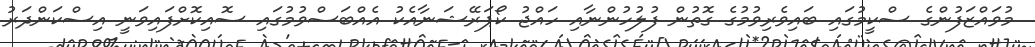
މުވައްޒަފުންގެ ސްކީމުގައި ބައިވެރިވުމުގެ ގޮތުން ފުލުހުންނާއި ހައްޖު ކޯޕަރޭޝަނާއެކު އެއްބަސްވުމުގައި ސޮއިކޮށްފައިވަނީ އިސްކަންދަރު